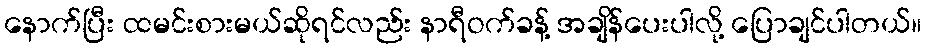
နောက်ပြီး ထမင်းစားမယ်ဆိုရင်လည်း နာရီဝက်ခန့် အချိန်ပေးပါလို့ ပြောချင်ပါတယ်။